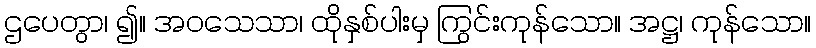
ဌပေတွာ၊ ၍။ အဝသေသာ၊ ထိုနှစ်ပါးမှ ကြွင်းကုန်သော။ အဋ္ဌ၊ ကုန်သော။